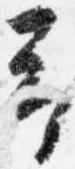
予